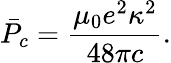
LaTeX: \bar{P}_{c}=\frac{\mu_{0}e^{2}\kappa^{2}}{48\pi c}.